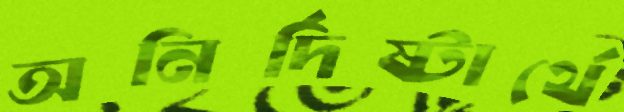
অনির্দিষ্টার্থে